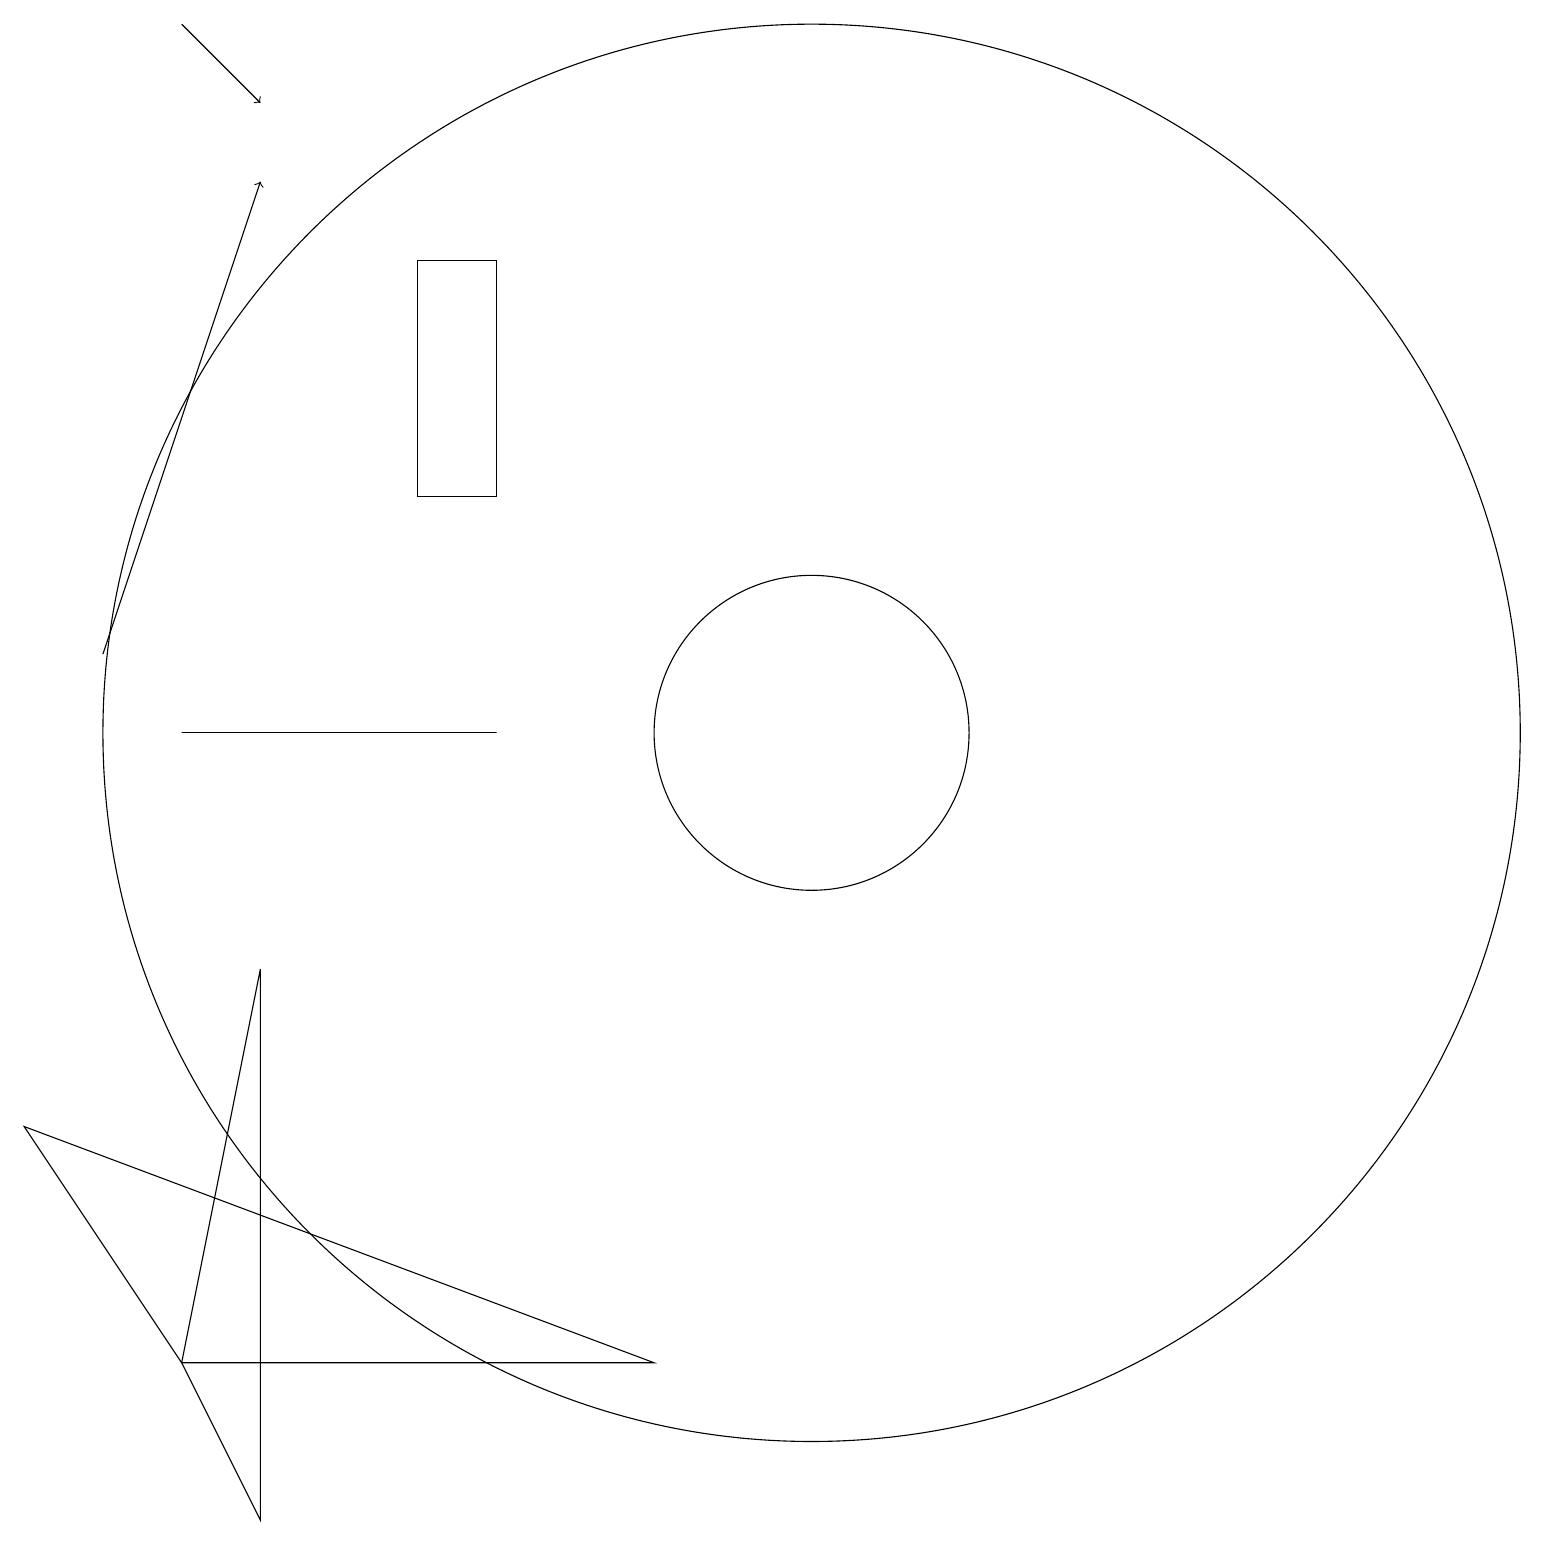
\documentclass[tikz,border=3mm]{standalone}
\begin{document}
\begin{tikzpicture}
\draw[->] (3,19) -- (4,18);
\draw[->] (2,11) -- (4,17);
\draw (3,10) rectangle (7,10);
\draw (3,2) -- (9,2) -- (1,5) -- cycle;
\draw (7,13) rectangle (6,16);
\draw (11,10) circle (9);
\draw (4,0) -- (4,7) -- (3,2) -- cycle;
\draw (11,10) circle (2);
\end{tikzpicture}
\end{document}